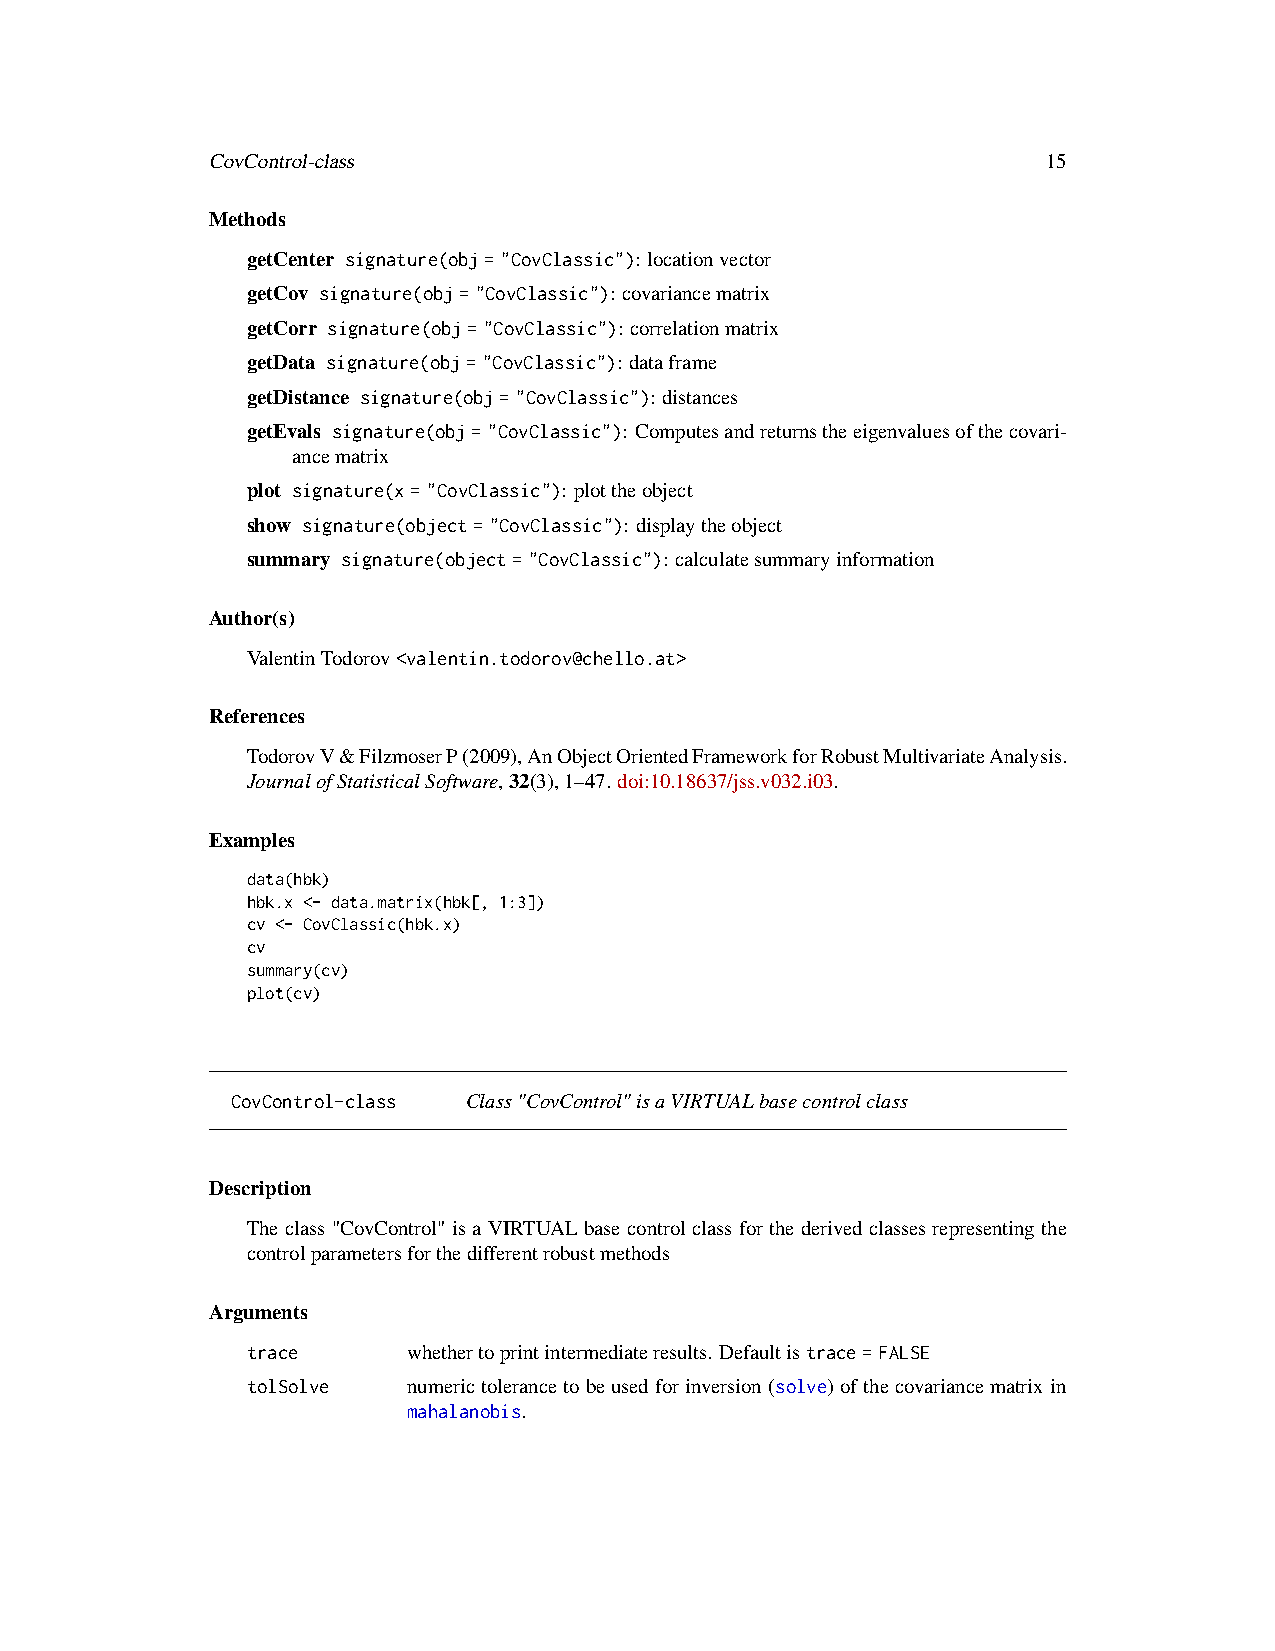
CovControl-class                                       15
 Methods
 getCenter signature(obj="CovClassic"): locationvector
 getCov signature(obj="CovClassic"): covariancematrix
 getCorr signature(obj="CovClassic"): correlationmatrix
 getData signature(obj="CovClassic"): dataframe
 getDistance signature(obj="CovClassic"): distances
 getEvals signature(obj="CovClassic"): Computesandreturnstheeigenvaluesofthecovari-
 ancematrix
 plot signature(x="CovClassic"): plottheobject
 show signature(object="CovClassic"): displaytheobject
 summary signature(object="CovClassic"): calculatesummaryinformation
 Author(s)
 ValentinTodorov<valentin.todorov@chello.at>
 References
 TodorovV&FilzmoserP(2009),AnObjectOrientedFrameworkforRobustMultivariateAnalysis.
 JournalofStatisticalSoftware,32(3),1–47. doi:10.18637/jss.v032.i03.
 Examples
 data(hbk)
 hbk.x <- data.matrix(hbk[, 1:3])
 cv <- CovClassic(hbk.x)
 cv
 summary(cv)
 plot(cv)
 CovControl-class Class"CovControl"isaVIRTUALbasecontrolclass
 Description
 The class "CovControl" is a VIRTUAL base control class for the derived classes representing the
 controlparametersforthedifferentrobustmethods
 Arguments
 trace      whethertoprintintermediateresults. Defaultistrace=FALSE
 tolSolve   numerictolerancetobeusedforinversion(solve)ofthecovariancematrixin
 mahalanobis.